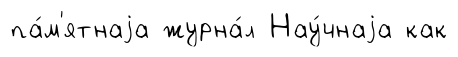
па́м'ятнаjа журна́л Нау́чнаjа как